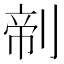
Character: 𰄺